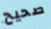
صحيح